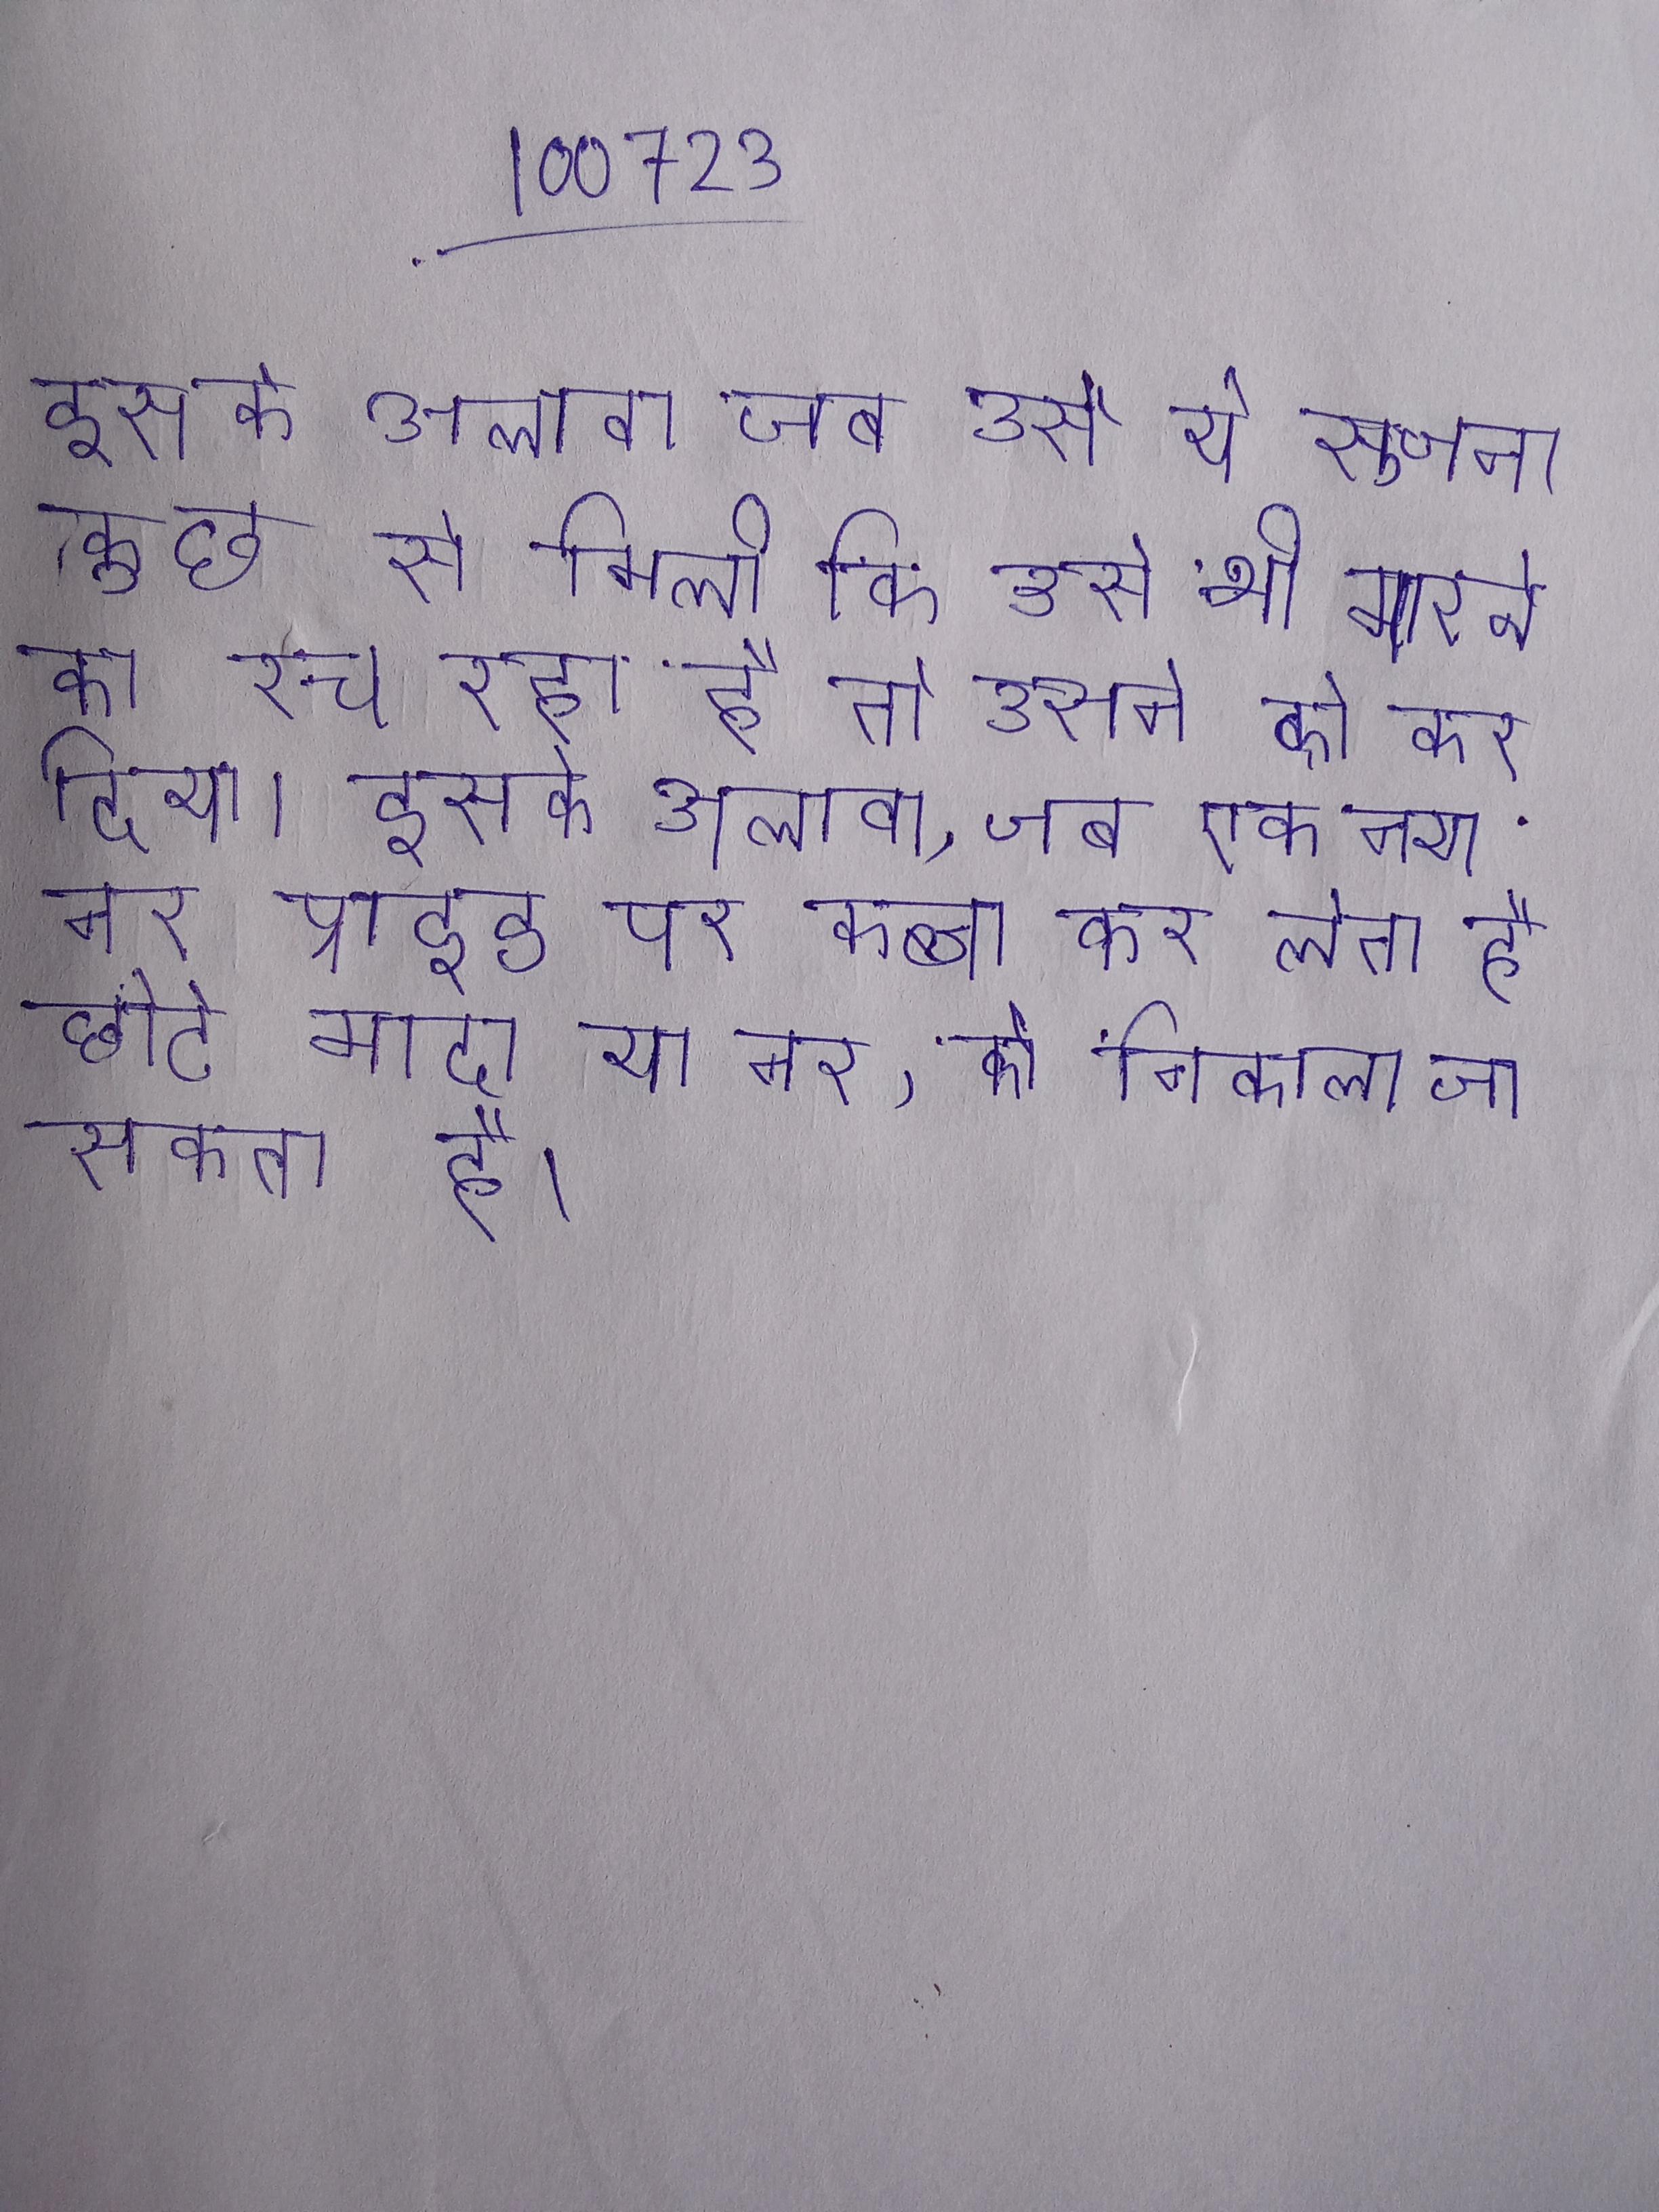
इसके अलावा जब उसे ये सूचना कुछ से मिली कि उसे भी मारने का रच रहा है तो उसने को कर दिया । इसके अलावा, जब एक नया नर प्राइड पर कब्जा कर लेता है, छोटे मादा या नर, को निकाला जा सकता है ।